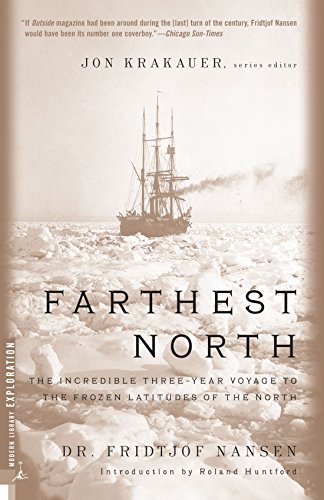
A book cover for Farthest North (Modern Library Exploration); Fridjtof Nansen; Travel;